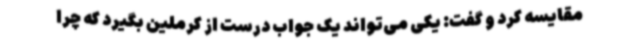
مقایسه کرد و گفت: یکی می‌تواند یک جواب درست از کرملین بگیرد که چرا